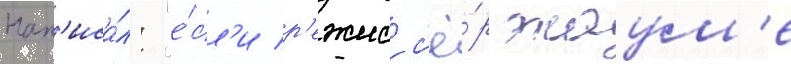
Нап'иса́л: "е́сл'и р'ежисс'ё́р жаум'е